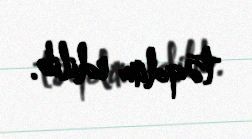
təqdim edilib.